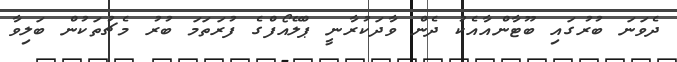
ދެވަނަ ބުރުގައި ބޫޓާންއާއެކު ދެން ވާދަކުރާނީ ޕްލޭއޯފްގެ ފުރަތަމަ ބުރު މެޗުތަކުން ބަލިވާ